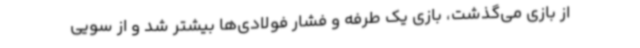
از بازی می‌گذشت، بازی یک طرفه و فشار فولادی‌ها بیشتر شد و از سویی